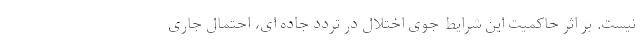
نیست. بر اثر حاکمیت این شرایط جوی اختلال در تردد جاده ای، احتمال جاری